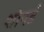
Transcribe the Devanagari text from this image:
शोपर्ड